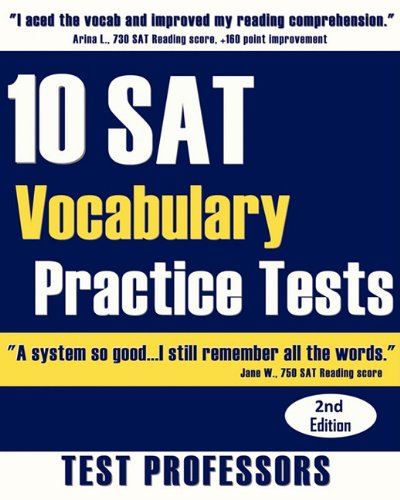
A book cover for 10 SAT Vocabulary Practice Tests; Paul G. IV Simpson; Test Preparation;